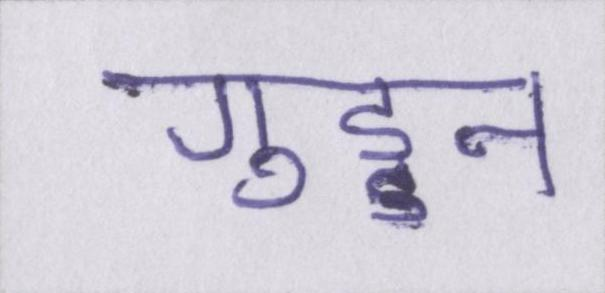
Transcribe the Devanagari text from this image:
गुड्डन